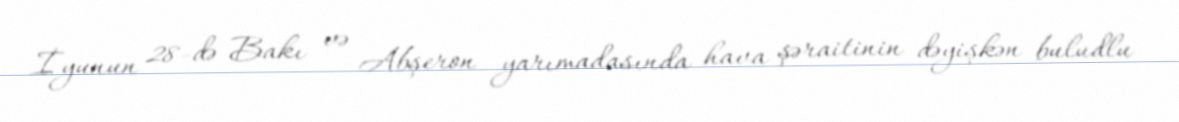
İyunun 28-də Bakı və Abşeron yarımadasında hava şəraitinin dəyişkən buludlu